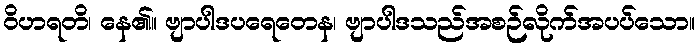
ဝိဟရတိ၊ နေ၏။ ဗျာပါဒပရေတေန၊ ဗျာပါဒသည်အစဉ်လိုက်အပပ်သော။